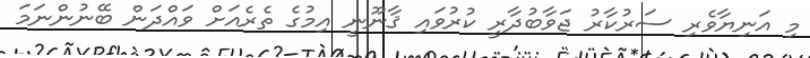
މި އަނިޔާވެރި ސަރުކާރު ޖަވާބުދާރީ ކުރުވައި ޤާނޫނީ އިމުގެ ތެރެއަށް ވައްދަން ބޭނުންނަމަ